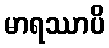
မာရဿာပိ